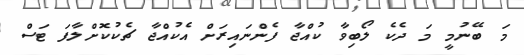
މަ ބޭނުމީ މަ ދެކެ ލޯބިވާ ކުއްޖާ ފެންނައިރަށް އެކުއްޖާ ޗެކުކޮށްލާފަ ޓަސް